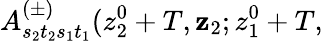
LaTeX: A_{s_{2}t_{2}s_{1}t_{1}}^{(\pm)}(z_{2}^{0}+T,\mathbf{z}_{2};z_{1}^{0}+T,